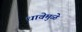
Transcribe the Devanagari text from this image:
धावेमुळे